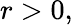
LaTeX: r>0,